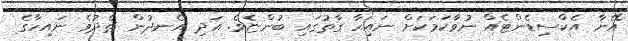
އޭނާ އެކްސިޑެންޓެއް ނުވާކަމަކަށް ނައިހާ ގާތުގައި ބުންޏެވެ. އަދި އެނދުން ތެދުވެ ނައިހާގެ